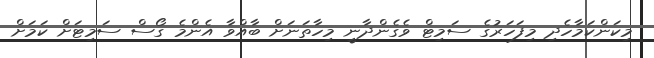
މިކަންކަމާހެދި މިފަހަރުގެ ސަމިޓް ވެގެންދާނީ މިހާތަނަށް ބާއްވާ އެންމެ ގޯސް ސަމިޓަށް ކަމަށް